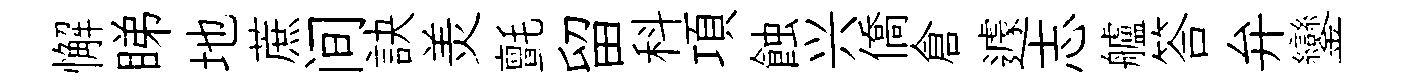
懈睇地蔗间訣羙氈留科項蝕兴僑倉遽志艫答弁鑾